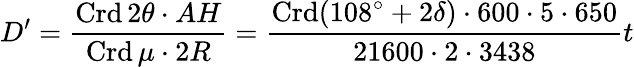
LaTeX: D^{\prime}={\frac{\operatorname{Crd}2\theta\cdot AH}{\operatorname{Crd}\mu\cdot 2R}}={\frac{\operatorname{Crd}(108^{\circ}+2\delta)\cdot 600\cdot 5\cdot 650}{21600\cdot 2\cdot 3438}}t